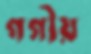
গগীয়